Civil Veterinary Department Bihar reports 1940-50 - 1940-1950
Year: 1940
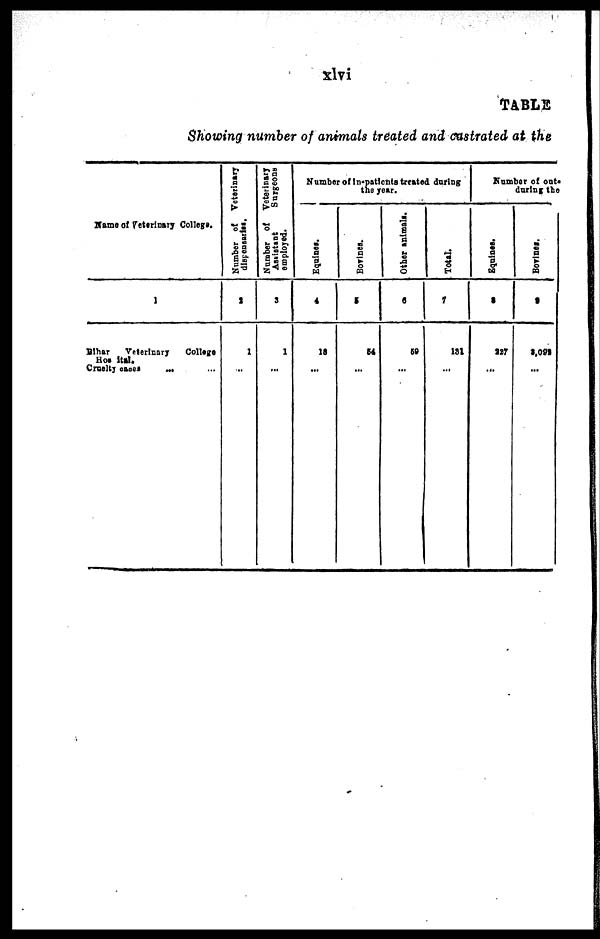
xlvi
TABLE
Showing number of animals treated and castrated at the
Name of veterinary Collegs.
1
Bihar
Veterinary
College
Hospital
Cruelty caces ... ...
Number of Veterinary
dispensaries.
2
1
...
Number of Veterinary
Assistant
Surgeons
employed.
3
1
...
Number of inpatients treated during
the year.
Equines.
4
18
...
Bovines.
5
54
...
Other animals.
6
60
...
Total.
7
131
...
Number of out
during the
Equines.
8
227
...
Bovines.
9
2,092
...